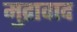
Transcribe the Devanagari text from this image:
मुद्रावाद